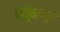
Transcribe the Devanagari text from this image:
क्यूबावर